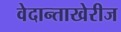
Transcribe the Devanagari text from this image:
वेदान्ताखेरीज